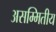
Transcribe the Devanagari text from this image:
असम्मितीय